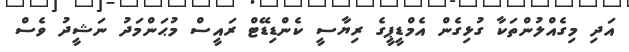
އަދި މިގެއްލުންތަކާ ގުޅިގެން އެމްޑީޕީގެ ރިޔާސީ ކެންޑިޑޭޓް ރައީސް މުޙަންމަދު ނަޝީދު ވެސް